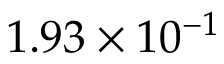
1 . 9 3 \times 1 0 ^ { - 1 }